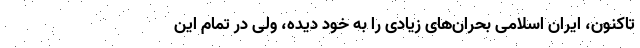
تاکنون، ایران اسلامی بحران‌های زیادی را به خود دیده، ولی در تمام این